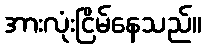
အားလုံးငြိမ်နေသည်။